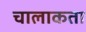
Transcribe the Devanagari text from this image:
चालाकता